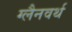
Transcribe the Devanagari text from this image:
ग्लैनवर्थ